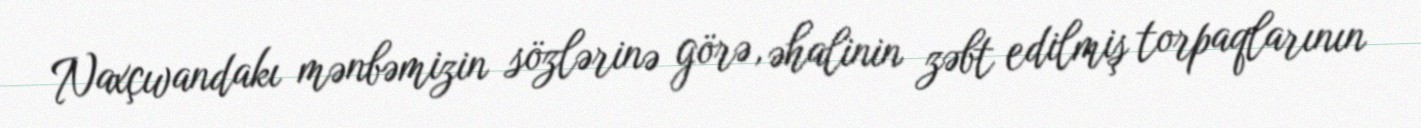
Naxçıvandakı mənbəmizin sözlərinə görə, əhalinin zəbt edilmiş torpaqlarının